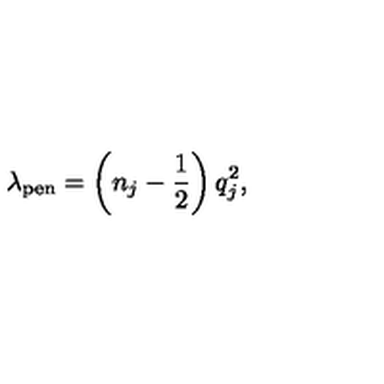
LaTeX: \lambda _ { \mathrm { p e n } } = \left( n _ { j } - \frac { 1 } { 2 } \right) q _ { j } ^ { 2 } ,